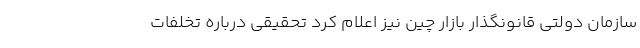
سازمان دولتی قانونگذار بازار چین نیز اعلام کرد تحقیقی درباره تخلفات